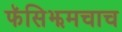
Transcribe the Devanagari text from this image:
फॅसिझमचाच